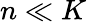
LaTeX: n\ll K